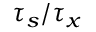
\tau _ { s } / \tau _ { x }